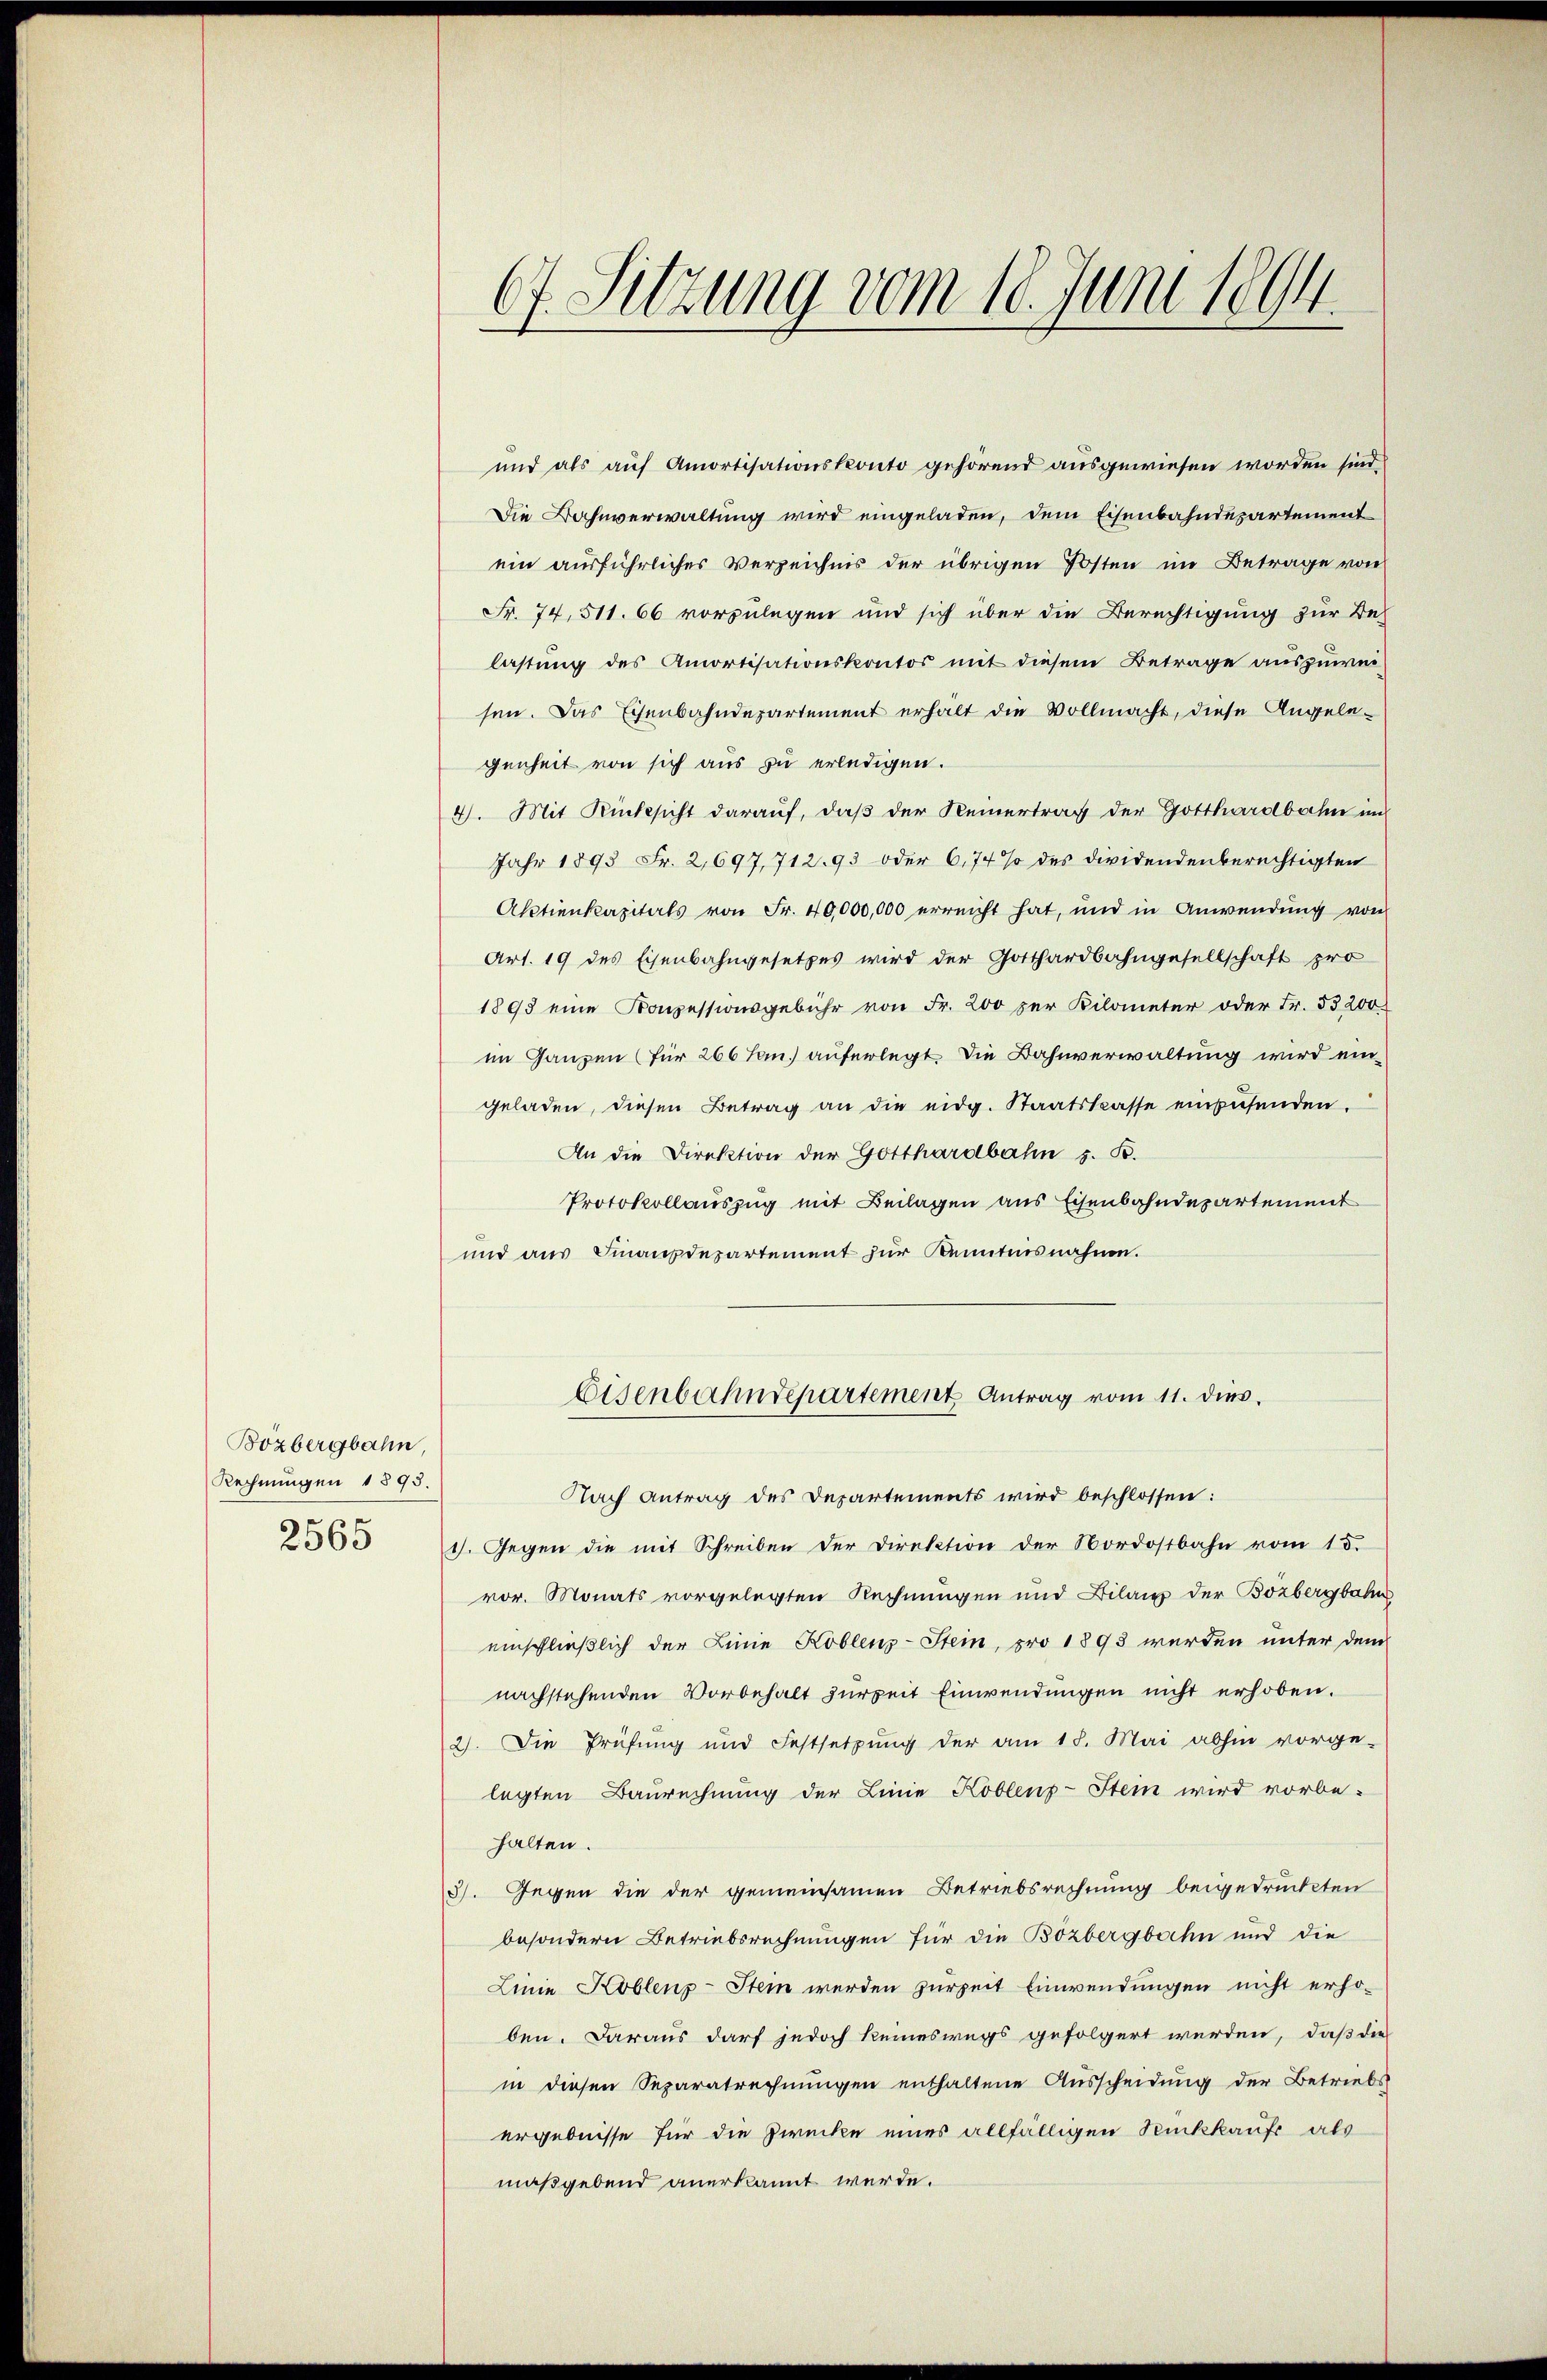
Bözbergbahn
Rechnungen 1893.
2565

67. Setzung vom 18. Juni 1894.

und als auf Amortisationskonto gehörend ausgewiesen worden sind,
Die Bahnverwaltung wird eingeladen, dem Eisenbahndepartement
ein ausführliches Verzeichnis der übrigen Posten im Betrage von
Fr. 74, 511. 66 vorzulegen und sich über die Berechtigung zur Be-
lastung des Amortisationskontor mit diesem Betrage auszuweisen. Das Eisenbahndepartement erhalt die Vollmacht, diese Angelegenheit von sich aus zu erledigen.
4. Mit Rücksicht darauf, daβ der Keinertrag der Gotthardbahn im
Jahr 1893 Fr. 2,697, 712. 93 oder 6,74% des dividendenberechtigten
Aktienkapitals von Fr. 40,000,000 erreicht hat, und in Anwendŭng von
Art. 19 des Eisenbahngesetzes wird der Gotthardbahngesellschaft pro
1895 eine Konzessionsgebühr von Fr. 200 per Kilometer oder Fr. 53200
im Ganzen (für 266 Jan.) auferlegt die Bahnverwaltung wird eingeladen, diesen Betrag an die eidg. Staatskasse einzŭsenden.
An die Direktion der Gotthardbahn z. B.
Protokollauszug mit Beilagen aus Eisenbahndepartement
und aŭs Finanzdepartement zŭr Kenntnisnahme.
Eisenbahndepartement Antrag vom 11. dies.
Nach Antrag des Departements wird beschlossen:
1). Gegen die mit Schreiben der Direktion der Nordostbahn vom 15.
vor. Monats vorgelegten Rechnungen und Bilanz der Bözbergbahn
einschließlich der Linie Koblenz-Stein, pro 1893 werden unter dem
nachstehenden Vorbehalt zureit Einwendungen nicht erhoben.
2). Die Prüfung und Festsetzung der am 18. Mai abhin vorge-
legten Baurechnung der Linie Koblenz-Stein wird vorbe-
halten.
3). Gegen die der gemeinsamen Betriebsrechnung beigedrückten
besondern Betriebsrechnungen für die Bozbergbahn und die
Linie Koblenz-Stein werden zurzeit Einwendungen nicht erhoben. Daraus darf jedoch keineswegs gefolgert werden, daß die
in diesen Separatrechnungen enthaltene Ausscheidung der Betriebs
ergebnisse für die Zwecke eines allfälligen Rückkauft als
maßgebend anerkannt werde.